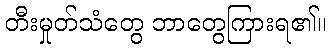
တီးမှုတ်သံတွေ ဘာတွေကြားရ၏။